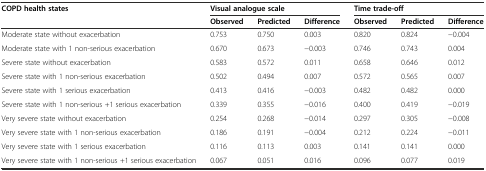
<table><thead><tr><td rowspan="2"><b>COPD health states</b></td><td colspan="3"><b>Visual analogue scale</b></td><td colspan="3"><b>Time trade-off</b></td></tr><tr><td><b>Observed</b></td><td><b>Predicted</b></td><td><b>Difference</b></td><td><b>Observed</b></td><td><b>Predicted</b></td><td><b>Difference</b></td></tr></thead><tbody><tr><td>Moderate state without exacerbation</td><td>0.753</td><td>0.750</td><td>0.003</td><td>0.820</td><td>0.824</td><td>−0.004</td></tr><tr><td>Moderate state with 1 non-serious exacerbation</td><td>0.670</td><td>0.673</td><td>−0.003</td><td>0.746</td><td>0.743</td><td>0.004</td></tr><tr><td>Severe state without exacerbation</td><td>0.583</td><td>0.572</td><td>0.011</td><td>0.658</td><td>0.646</td><td>0.012</td></tr><tr><td>Severe state with 1 non-serious exacerbation</td><td>0.502</td><td>0.494</td><td>0.007</td><td>0.572</td><td>0.565</td><td>0.007</td></tr><tr><td>Severe state with 1 serious exacerbation</td><td>0.413</td><td>0.416</td><td>−0.003</td><td>0.482</td><td>0.482</td><td>0.000</td></tr><tr><td>Severe state with 1 non-serious +1 serious exacerbation</td><td>0.339</td><td>0.355</td><td>−0.016</td><td>0.400</td><td>0.419</td><td>−0.019</td></tr><tr><td>Very severe state without exacerbation</td><td>0.254</td><td>0.268</td><td>−0.014</td><td>0.297</td><td>0.305</td><td>−0.008</td></tr><tr><td>Very severe state with 1 non-serious exacerbation</td><td>0.186</td><td>0.191</td><td>−0.004</td><td>0.212</td><td>0.224</td><td>−0.011</td></tr><tr><td>Very severe state with 1 serious exacerbation</td><td>0.116</td><td>0.113</td><td>0.003</td><td>0.141</td><td>0.141</td><td>0.000</td></tr><tr><td>Very severe state with 1 non-serious +1 serious exacerbation</td><td>0.067</td><td>0.051</td><td>0.016</td><td>0.096</td><td>0.077</td><td>0.019</td></tr></tbody></table>